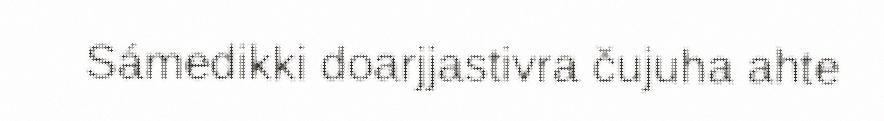
Sámedikki doarjjastivra čujuha ahte